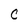
Character: C